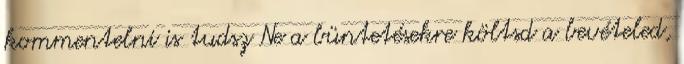
kommentelni is tudsz Ne a büntetésekre költsd a bevételed,